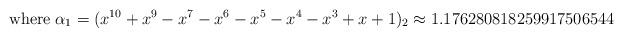
LaTeX: \begin{align*} \textmd{where} \; \alpha_1=(x^{10}+x^9-x^7-x^6-x^5-x^4-x^3+x+1)_2 \approx 1.176280818259917506544 \end{align*}